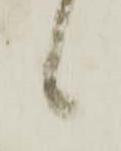
候